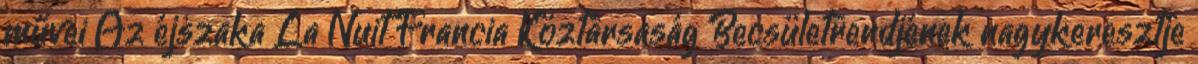
művei Az éjszaka La Nuit Francia Köztársaság Becsületrendjének nagykeresztje